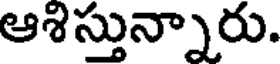
ఆశిస్తున్నారు.